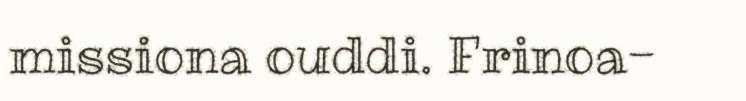
missiona ouddi. Frinoa-